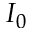
I _ { 0 }